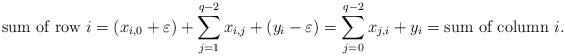
LaTeX: \begin{align*}\mbox{sum of row }i &=( x_{i,0}+\varepsilon)+\sum_{j=1}^{q-2}x_{i,j}+(y_i-\varepsilon)= \sum_{j=0}^{q-2}x_{j,i}+y_{i} =\mbox{sum of column }i.\end{align*}